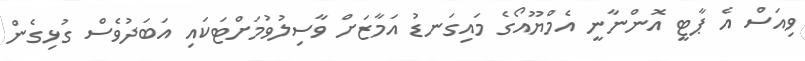
ވިއަސް އެ ޕާޓީ އޮންނާނީ އެމްޔޫއޯގެ މައިގަނޑު އަމާޒަށް ވާސިލުވުމަށްޓަކައި އަބަދުވެސް ގުޅިގެން